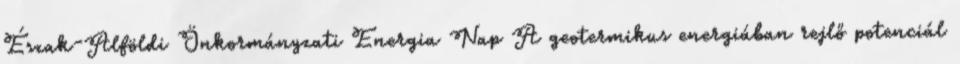
Észak-Alföldi Önkormányzati Energia Nap A geotermikus energiában rejlő potenciál